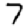
Digit: 7